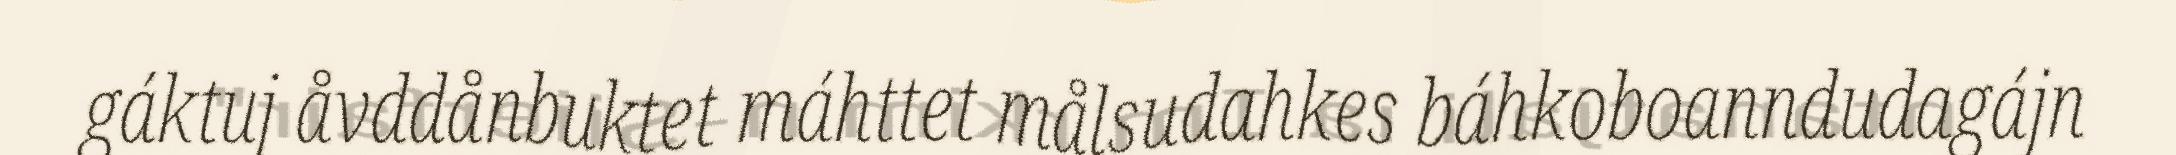
gáktuj åvddånbuktet máhttet målsudahkes báhkoboanndudagájn